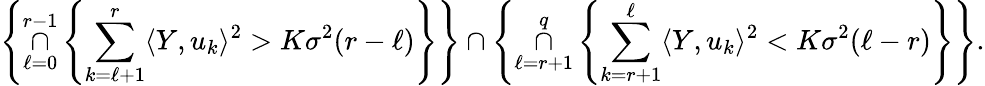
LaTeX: \left\{ \underset{\ell=0}{\overset{r-1}{\cap}}\left\{ \underset{k=\ell+1}{\overset{r}{\sum}}\langle Y,u_{k}\rangle^{2}>K\sigma^{2}(r-\ell)\right\} \right\} \cap\left\{ \underset{\ell=r+1}{\overset{q}{\cap}}\left\{ \underset{k=r+1}{\overset{\ell}{\sum}}\langle Y,u_{k}\rangle^{2}<K\sigma^{2}(\ell-r)\right\} \right\} .